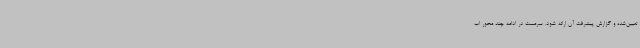
تعیین‌شده و گزارش پیشرفت آن ارائه شود. سرمست در ادامه چند محور اب